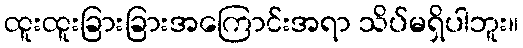
ထူးထူးခြားခြားအကြောင်းအရာ သိပ်မရှိပါဘူး။